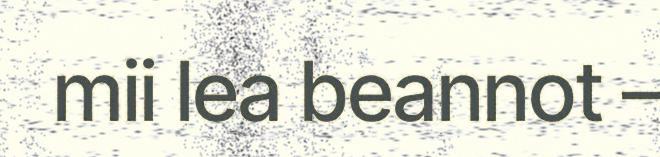
mii lea beannot –